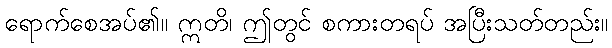
ရောက်စေအပ်၏။ ဣတိ၊ ဤတွင် စကားတရပ် အပြီးသတ်တည်း။